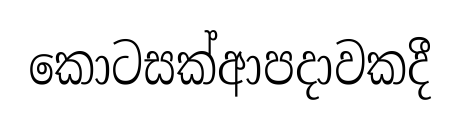
කොටසක්ආපදාවකදී